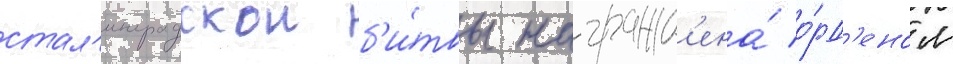
стал'инградскои б'и́твы награжд'ена́ о́рд'еном